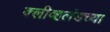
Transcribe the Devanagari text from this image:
क्लीव्हलंडच्या